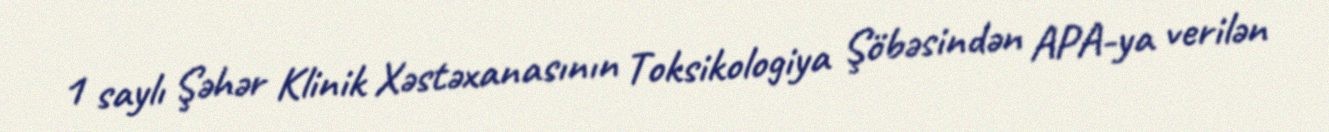
1 saylı Şəhər Klinik Xəstəxanasının Toksikologiya Şöbəsindən APA-ya verilən